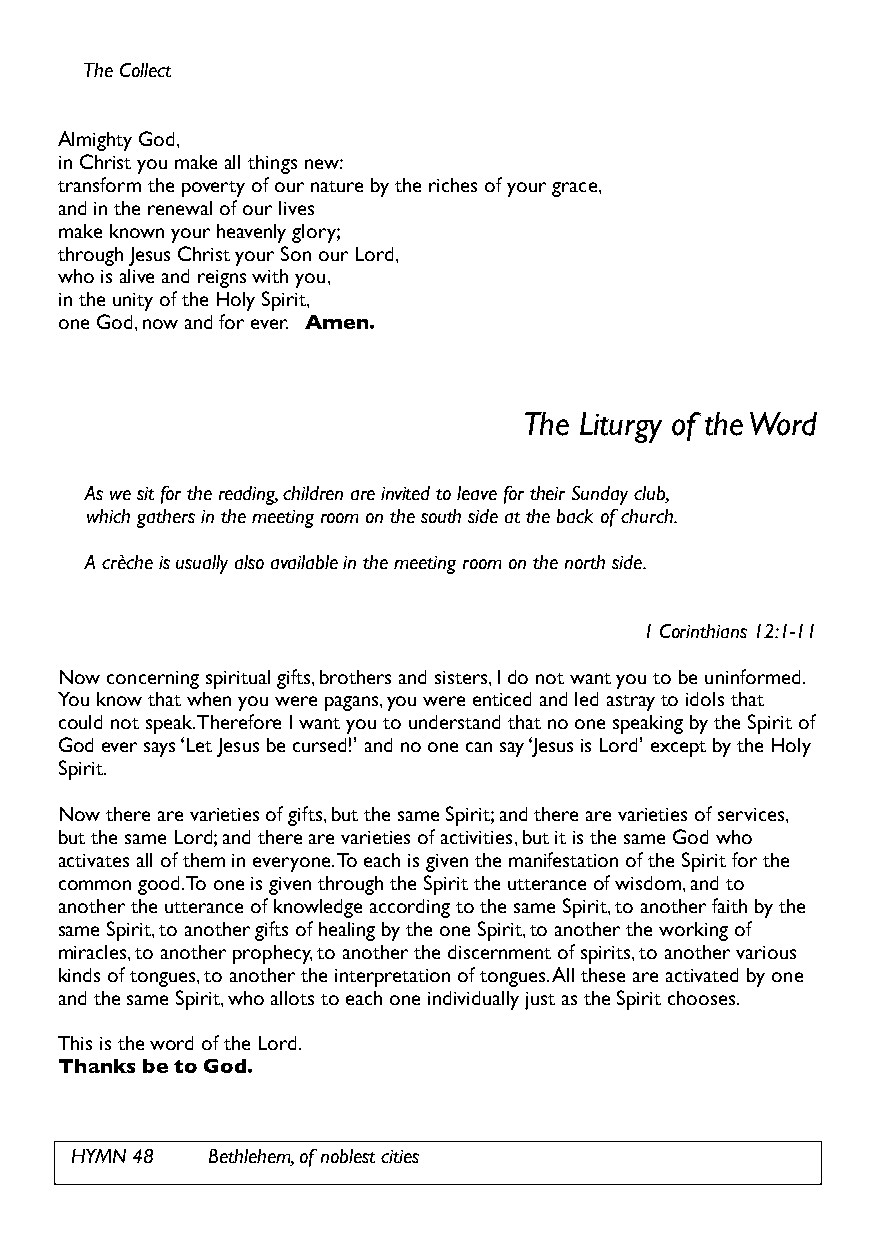
The Collect
 Almighty God,
 in Christ you make all things new:
 transform the poverty of our nature by the riches of your grace,
 and in the renewal of our lives
 make known your heavenly glory;
 through Jesus Christ your Son our Lord,
 who is alive and reigns with you,
 in the unity of the Holy Spirit,
 one God, now and for ever. Amen.
 The Liturgy of the Word
 As we sit for the reading, children are invited to leave for their Sunday club,
 which gathers in the meeting room on the south side at the back of church.
 A crèche is usually also available in the meeting room on the north side.
 1 Corinthians 12:1-11
 Now concerning spiritual gifts, brothers and sisters, I do not want you to be uninformed.
 You know that when you were pagans, you were enticed and led astray to idols that
 could not speak. Therefore I want you to understand that no one speaking by the Spirit of
 God ever says ‘Let Jesus be cursed!’ and no one can say ‘Jesus is Lord’ except by the Holy
 Spirit.
 Now there are varieties of gifts, but the same Spirit; and there are varieties of services,
 but the same Lord; and there are varieties of activities, but it is the same God who
 activates all of them in everyone. To each is given the manifestation of the Spirit for the
 common good. To one is given through the Spirit the utterance of wisdom, and to
 another the utterance of knowledge according to the same Spirit, to another faith by the
 same Spirit, to another gifts of healing by the one Spirit, to another the working of
 miracles, to another prophecy, to another the discernment of spirits, to another various
 kinds of tongues, to another the interpretation of tongues. All these are activated by one
 and the same Spirit, who allots to each one individually just as the Spirit chooses.
 This is the word of the Lord.
 Thanks be to God.
 HYMN 48  Bethlehem, of noblest cities